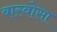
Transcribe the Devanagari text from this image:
बास्बोसा